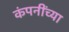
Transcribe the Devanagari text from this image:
कंपनींच्या